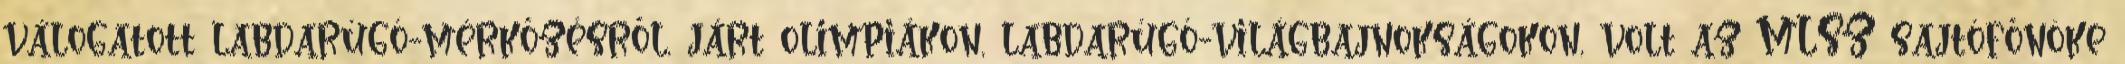
válogatott labdarúgó-mérkőzésről, járt olimpiákon, labdarúgó-világbajnokságokon, volt az MLSZ sajtófőnöke